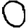
Digit: 0